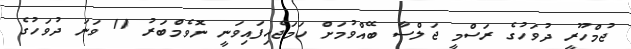
ޖުމްހޫރީ ދުވަހުގެ ރަސްމީ ޖަލްސާ ބޭއްވުމަށް ހަމަޖެހިފައިވަނީ ނޮވެމްބަރު 11 ވަނަ ދުވަހުގެ